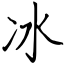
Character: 冰